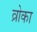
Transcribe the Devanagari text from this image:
व्रोका